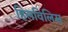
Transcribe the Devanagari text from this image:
हिलविलिस